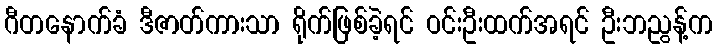
ဂီတနောက်ခံ ဒီဇာတ်ကားသာ ရိုက်ဖြစ်ခဲ့ရင် ဝင်းဦးထက်အရင် ဦးဘညွန့်က